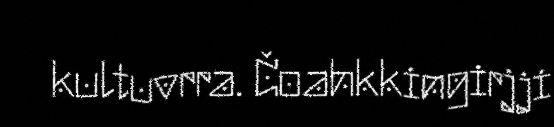
kultuvrra. Čoahkkingirjji